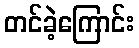
တင်ခဲ့ကြောင်း